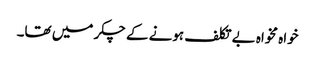
خواہ مخواہ بے تکلف ہونے کے چکر میں تھا۔